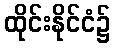
ထိုင်းနိုင်ငံ၌